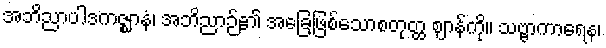
အဘိညာပါဒကဇ္ဈာနံ၊ အဘိညာဉ်၏ အခြေဖြစ်သောစတုတ္ထ ဈာန်ကို။ သဗ္ဗာကာရေန၊